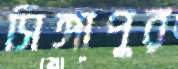
সিঙ্গাপুর